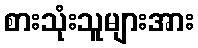
စားသုံးသူများအား